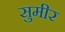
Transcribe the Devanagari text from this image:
सुमीर